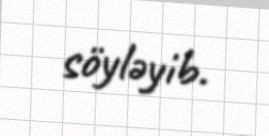
söyləyib.